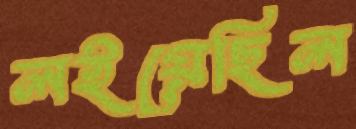
লইয়েছিল